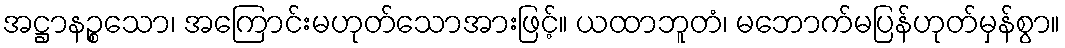
အဋ္ဌာနဉ္စသော၊ အကြောင်းမဟုတ်သောအားဖြင့်။ ယထာဘူတံ၊ မဘောက်မပြန်ဟုတ်မှန်စွာ။